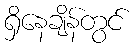
ရှိနေချိန်တွင်